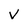
Character: V